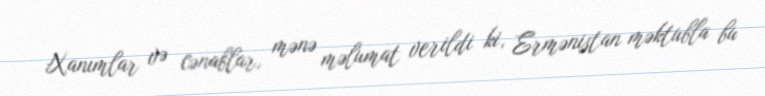
Xanımlar və cənablar, mənə məlumat verildi ki, Ermənistan məktubla bu